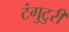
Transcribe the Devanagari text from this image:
टंगुटुरी